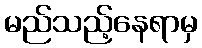
မည်သည့်နေရာမှ